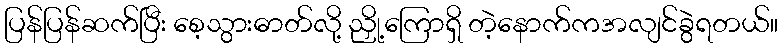
ပြန်ပြန်ဆက်ပြီး စေ့သွားဓာတ်လို့ ညှို့ကြောရှိ တဲ့နောက်ကအလျင်ခွဲရတယ်။